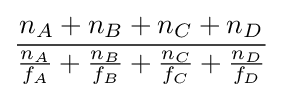
{\frac {n_{A}+n_{B}+n_{C}+n_{D}}{{\frac {n_{A}}{f_{A}}}+{\frac {n_{B}}{f_{B}}}+{\frac {n_{C}}{f_{C}}}+{\frac {n_{D}}{f_{D}}}}}